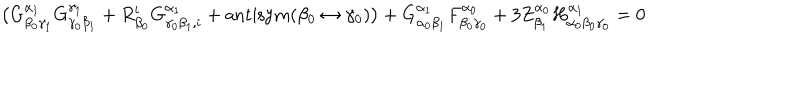
\bigr ( G _ { \beta _ { 0 } \gamma _ { 1 } } ^ { \alpha _ { 1 } } G _ { \gamma _ { 0 } \beta _ { 1 } } ^ { \gamma _ { 1 } } + R _ { \beta _ { 0 } } ^ { i } G _ { \gamma _ { 0 } \beta _ { 1 } , i } ^ { \alpha _ { 1 } } + \mathrm { a n t i s y m } ( \beta _ { 0 } \leftrightarrow \gamma _ { 0 } ) \bigr ) + G _ { \alpha _ { 0 } \beta _ { 1 } } ^ { \alpha _ { 1 } } F _ { \beta _ { 0 } \gamma _ { 0 } } ^ { \alpha _ { 0 } } + 3 Z _ { \beta _ { 1 } } ^ { \alpha _ { 0 } } H _ { \alpha _ { 0 } \beta _ { 0 } \gamma _ { 0 } } ^ { \alpha _ { 1 } } = 0